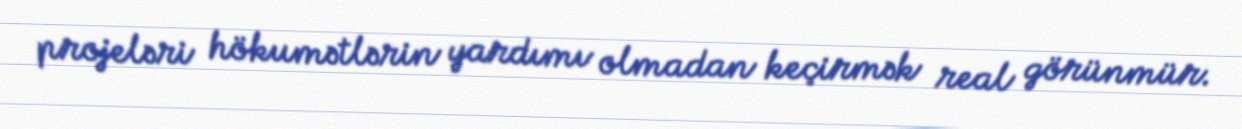
projeləri hökumətlərin yardımı olmadan keçirmək real görünmür.